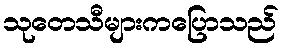
သုတေသီများကပြောသည်